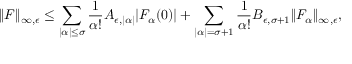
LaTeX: \| F \| _ { \infty , \epsilon } \leq \sum _ { | \alpha | \leq \sigma } \frac { 1 } { \alpha ! } A _ { \epsilon , | \alpha | } | F _ { \alpha } ( 0 ) | + \sum _ { | \alpha | = \sigma + 1 } \frac { 1 } { \alpha ! } B _ { \epsilon , \sigma + 1 } \| F _ { \alpha } \| _ { \infty , \epsilon } ,